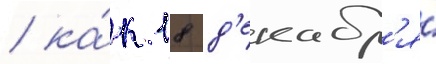
/ ка́к 18 д'екабр'я́